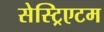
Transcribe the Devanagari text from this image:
सेस्ट्रिएटम